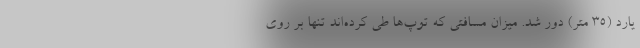
یارد (۳۵ متر) دور شد. میزان مسافتی که توپ‌ها طی کرده‌اند تنها بر روی